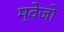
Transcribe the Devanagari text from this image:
म्वेजो